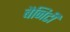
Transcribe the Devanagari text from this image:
बैनिटी